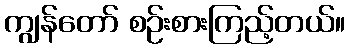
ကျွန်တော် စဉ်းစားကြည့်တယ်။